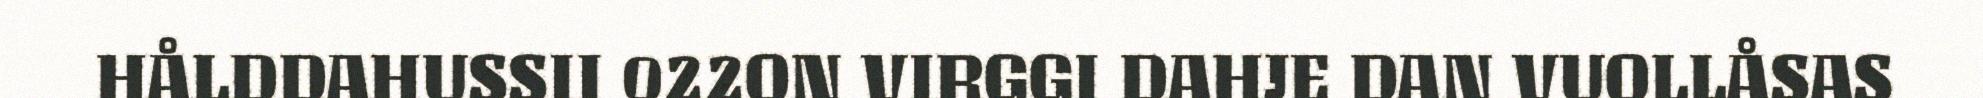
HÅLDDAHUSSII 022ON VIRGGI DAHJE DAN VUOLLÅSAS